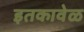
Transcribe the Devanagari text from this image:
इतकावेळ